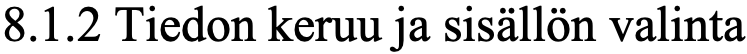
8.1.2 Tiedon keruu ja sisällön valinta